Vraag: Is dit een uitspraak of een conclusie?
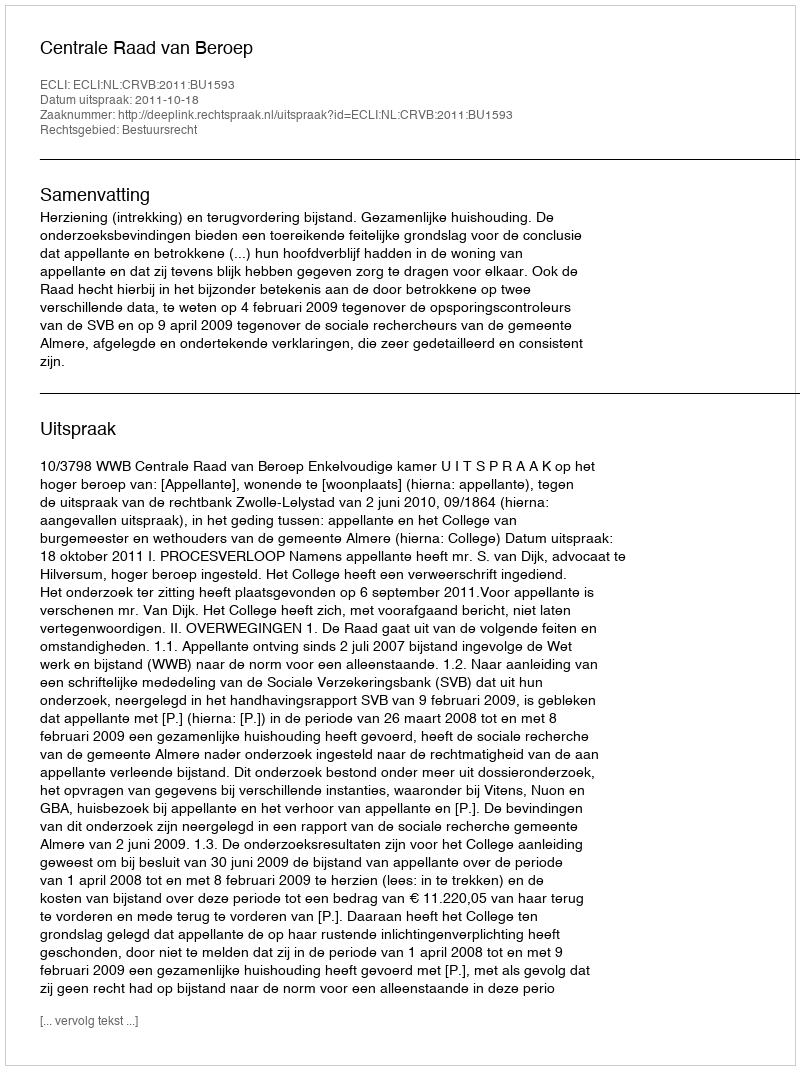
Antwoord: Uitspraak